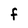
Character: F